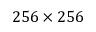
2 5 6 \times 2 5 6